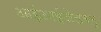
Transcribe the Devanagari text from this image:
आईआईजेडब्लू